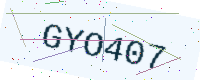
Text: GYO407